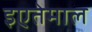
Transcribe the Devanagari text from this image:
इएतेमाल